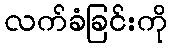
လက်ခံခြင်းကို